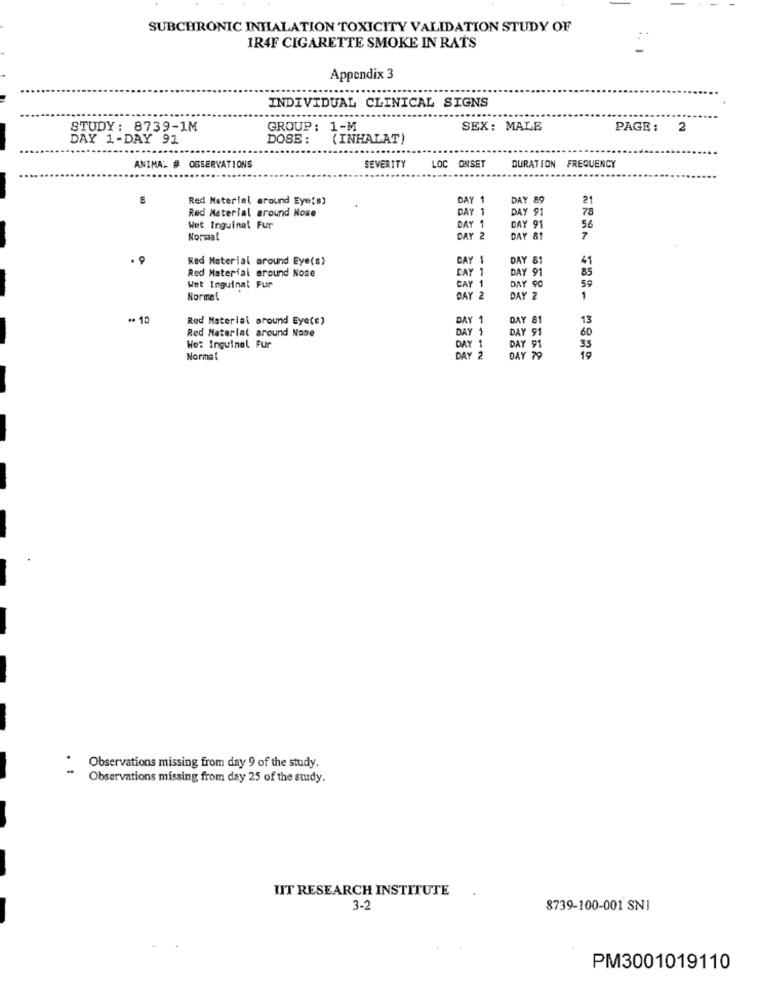
SUBCHRONIC INHALATION TOXICITY VALIDATION STUDY OF
IR4F CIGARETTE SMOKE IN RATS
Appendix 3
INDIVIDUAL CLINICAL SIGNS
STUDY: 8739-1M
GROUP: 1-M
SEX: MALE
PAGE :
2
DAY 1-DAY 91
DOSE :
(INHALAT)
LOC ONSET
ANIMAL # OBSERVATIONS
SEVERITY
DURATION FREQUENCY
Red Material around Eye's)
DAY 1
DAY 89
21
Red Material around Kose
DAY 1
DAY 91
78
DAY 1
Wet Inguinal Fur
DAY 91
56
Normal
DAY 2
DAY 81
7
. 9
Red Material around Eye(s)
DAY 1
DAY 81
Red Material around Nose
DAY 1
DAY 91
85
Wet Inguinal Fur
59
CAY
1
DAY 90
Normal
DAY 2
DAY 2
1
.. 10
Red Material around Eye(e)
DAY 1
DAY 81
13
Red Material around Nose
DAY 9
60
DAY 1
DAY 91
We: Inguinal Fur
DAY 1
33
Normal
DAY 2
DAY 79
Observations missing from day 9 of the study.
Observations missing from day 25 of the study.
IIT RESEARCH INSTITUTE
3-2
8739-100-001 SNI
PM3001019110